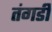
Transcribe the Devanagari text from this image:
तंगडी